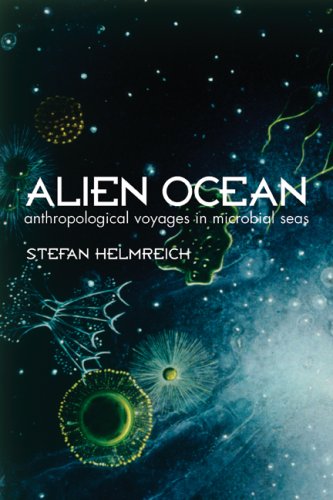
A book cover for Alien Ocean: Anthropological Voyages in Microbial Seas; Stefan Helmreich; Computers & Technology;